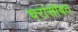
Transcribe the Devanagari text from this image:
चरांसोबत